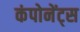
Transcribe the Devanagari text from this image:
कंपोनेंट्स